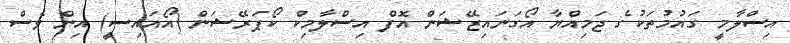
އިސްލާމީ ގައުމުތަކުގެ ޖަމިއްޔާ އޯގަނައިޒޭޝަން އޮފް އިސްލާމިކް ކޯޕަރޭޝަން (އޯއައިސީ) އިން ވެސް